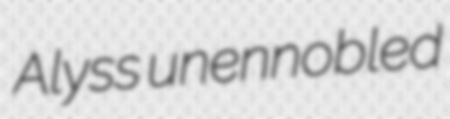
Alyss unennobled